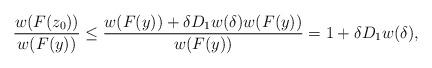
LaTeX: \begin{align*} \frac{w(F(z_0))}{w(F(y))} \leq \frac{w(F(y))+\delta D_1w(\delta)w(F(y))}{w(F(y))} = 1+\delta D_1w(\delta), \end{align*}